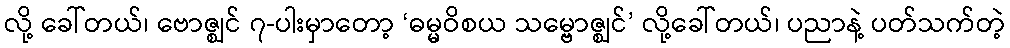
လို့ ခေါ်တယ်၊ ဗောဇ္ဈင် ၇-ပါးမှာတော့ ‘ဓမ္မဝိစယ သမ္ဗောဇ္ဈင်’ လို့ခေါ်တယ်၊ ပညာနဲ့ ပတ်သက်တဲ့